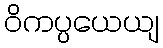
ဝိကပ္ပယေယျ